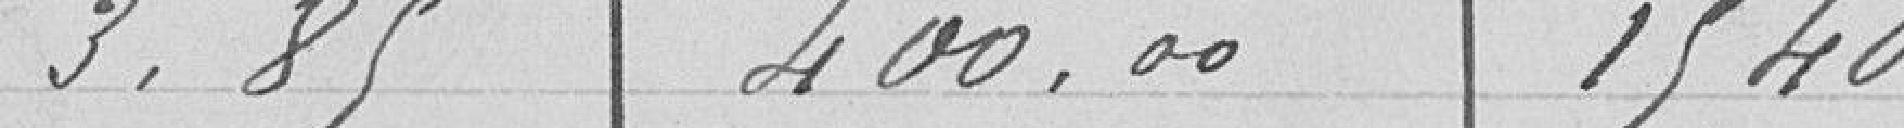
3,85   400,00   1 540